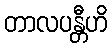
တာလပန္တီဟိ